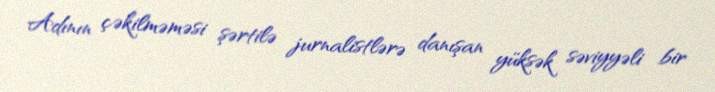
Adının çəkilməməsi şərtilə jurnalistlərə danışan yüksək səviyyəli bir